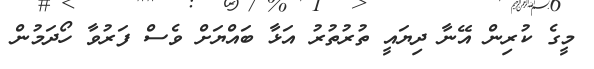
މީގެ ކުރިން އޭނާ ދިޔައީ ތުރުތުރު އަޅާ ބައްޔަށް ވެސް ފަރުވާ ހޯދަމުން